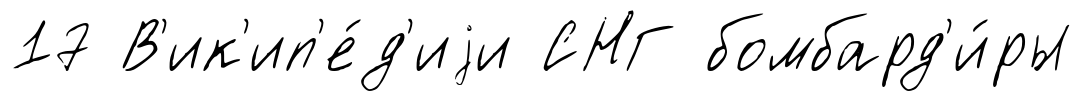
17 В'ик'ип'е́д'иjи СНГ бомбард'и́ры